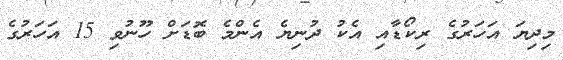
މިދިޔަ އަހަރުގެ ރިކޯޑާއި އެކު ދުނިޔެ އެންމެ ބޮޑަށް ހޫނުވި 15 އަހަރުގެ